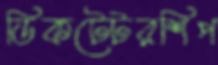
ডিকটেটরশিপ